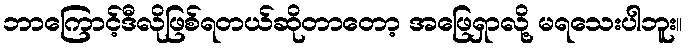
ဘာကြောင့်ဒီလိုဖြစ်ရတယ်ဆိုတာတော့ အဖြေရှာလို့ မရသေးပါဘူး။